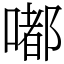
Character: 嘟